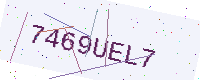
Text: 7469UEL7